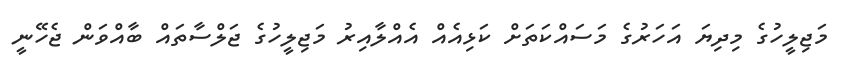
މަޖިލީހުގެ މިދިޔަ އަހަރުގެ މަސައްކަތަށް ކަޅިއެއް އެއްލާއިރު މަޖިލީހުގެ ޖަލްސާތައް ބާއްވަން ޖެހޭނީ